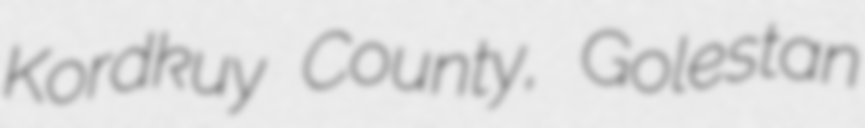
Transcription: Kordkuy County, Golestan